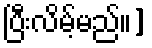
ပြီးလိမ့်မည်။]